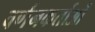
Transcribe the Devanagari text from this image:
वर्णनकर्ताओं